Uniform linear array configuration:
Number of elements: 24
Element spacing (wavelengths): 1
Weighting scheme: exponential
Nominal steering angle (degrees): -60
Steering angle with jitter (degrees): -58.607
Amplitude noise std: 0.05
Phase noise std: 0.05

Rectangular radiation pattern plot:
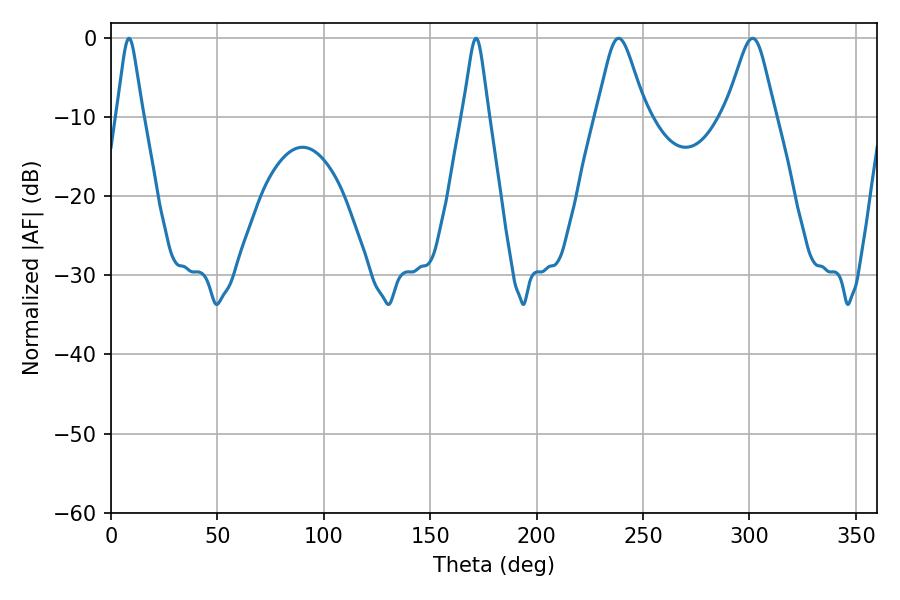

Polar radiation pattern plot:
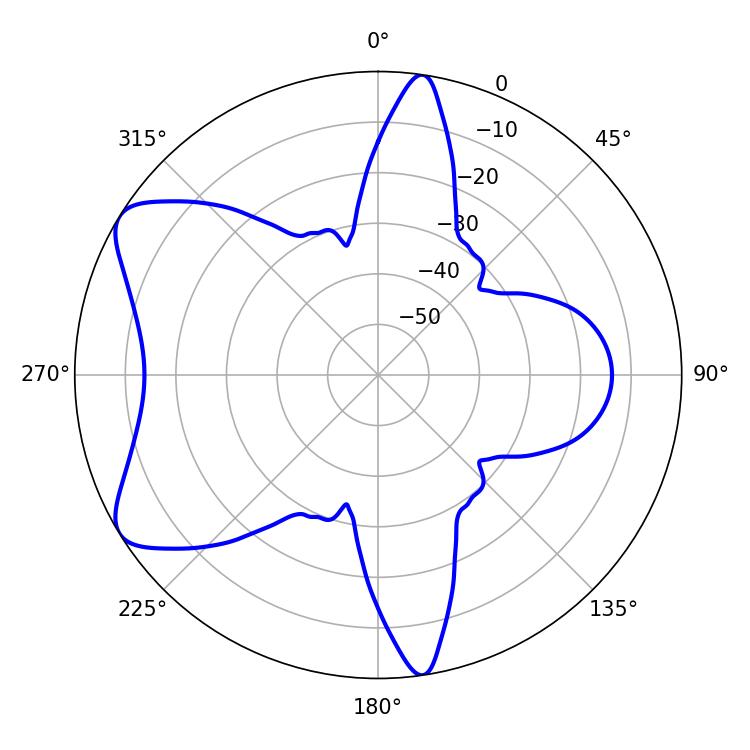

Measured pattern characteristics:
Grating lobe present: TRUE
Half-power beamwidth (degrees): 5.76
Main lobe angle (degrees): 8.46